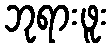
ဘုရားဖူး